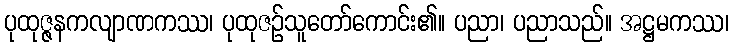
ပုထုဇ္ဇနကလျာဏကဿ၊ ပုထုဇဉ်သူတော်ကောင်း၏။ ပညာ၊ ပညာသည်။ အဋ္ဌမကဿ၊